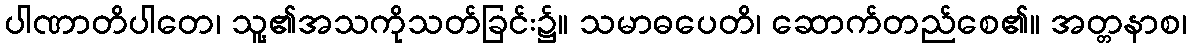
ပါဏာတိပါတေ၊ သူ့၏အသကိုသတ်ခြင်း၌။ သမာဓပေတိ၊ ဆောက်တည်စေ၏။ အတ္တနာစ၊